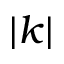
| k |